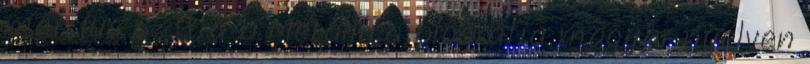
március 6. ↑ a b Metallica biográfia magyar nyelven